Scottish Leaving Certificate Examination, 1955
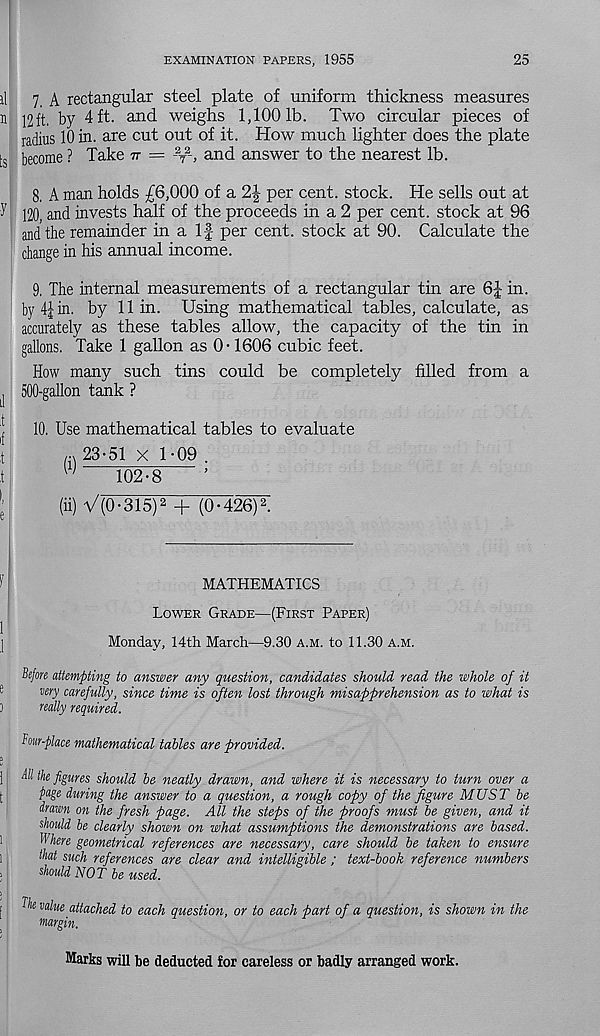
EXAMINATION PAPERS, 1955
25
il 7 A rectangular steel plate of uniform thickness measures
n 12ft, by 4 ft. and weighs 1,1001b. Two circular pieces of
radius 10 in. are cut out of it. How much lighter does the plate
ts become ? Take v = - 2
T
2 -, and answer to the nearest lb.
8. A man holds £6,000 of a 2-|- per cent, stock. He sells out at
y 120, and invests half of the proceeds in a 2 per cent, stock at 96
and the remainder in a If per cent, stock at 90. Calculate the
change in his annual income.
9, The internal measurements of a rectangular tin are 6| in.
by 4j in. by 11 in. Using mathematical tables, calculate, as
accurately as these tables allow, the capacity of the tin in
gallons. Take 1 gallon as 0-1606 cubic feet.
How many such tins could be completely filled from a
j 500-gallon tank ?
j 10. Use mathematical tables to evaluate
' t
23-51 X 1-09 .
t
W
102-8
■
J;
(ii) V(0-315) 2 + (0-426) 2 .
)
MATHEMATICS
LOWER GRADE—(FIRST PAPER)
[
Monday, 14th March—9.30 A.M. to 11.30 A.M.
Before attempting to answer any question, candidates should read the whole of it
my carefully, since time is often lost through misapprehension as to what is
3
really required.
Bow-place mathematical tables are provided.
I
] All the figures should be neatly drawn, and where it is necessary to turn over a
(
page during the answer to a question, a rough copy of the figure MUST be
drawn on the fresh page. All the steps of the proofs must be given, and it
should be clearly shown on what assumptions the demonstrations are based.
Where geometrical references are necessary, care should be taken to ensure
1 j
that such references are clear and intelligible ; text-book reference numbers
i
should NOT be used.
i ^, e va^ue attached to each question, or to each part of a question, is shown in the
margin.
Marks will be deducted for careless or badly arranged work.